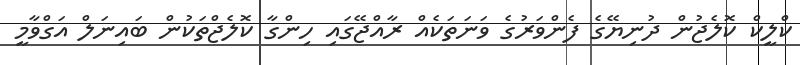
ކްލީކް ކޮލެޖުން ދުނިޔޭގެ ފެންވަރުގެ ވަނަތަކެއް ރާއްޖޭގައި ހިންގާ ކޮލެޖްތަކުން ބައިނަލް އަގްވާމީ